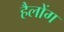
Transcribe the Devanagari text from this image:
हैलोंग